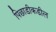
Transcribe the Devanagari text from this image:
पिछाडीकडील